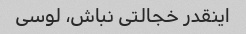
اینقدر خجالتی نباش، لوسی